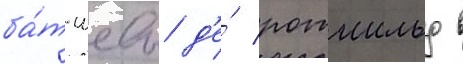
ба́т-шевы д'е́ ротшильд в